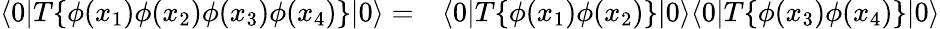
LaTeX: \begin{array}{rl}{\langle 0|T\{ \phi(x_{1})\phi(x_{2})\phi(x_{3})\phi(x_{4})\} |0\rangle=}&{{}\langle 0|T\{ \phi(x_{1})\phi(x_{2})\} |0\rangle\langle 0|T\{ \phi(x_{3})\phi(x_{4})\} |0\rangle}\end{array}